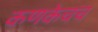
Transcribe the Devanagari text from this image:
कणकेचच